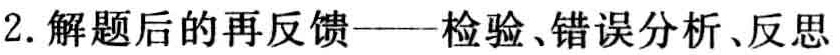
2. 解题后的再反馈——检验、错误分析、反思